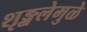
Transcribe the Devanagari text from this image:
शृङ्खलेमुळे